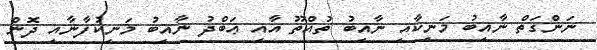
ނަންގަތް ނާއިބު މަނިކާއި ނާއިބު ތުއްތޫ އާއި ޢަބްދު ނާއިބު މަނިކުފާނާއި ދޮން